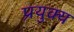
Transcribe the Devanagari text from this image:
प्रयुक्य